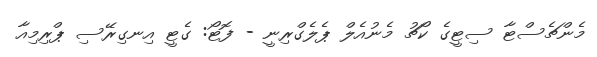
މެންޗެސްޓާ ސިޓީގެ ކޯޗު މެނުއެލް ޕެލެގްރިނީ - ފޮޓޯ: ގެޓީ އިނގިރޭސި ޕްރިމިއާ